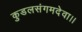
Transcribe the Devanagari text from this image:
कुडलसंगमदेवा।।